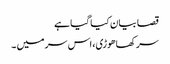
قصا بیان کیا گیا ہے
سر کھاھوڑی، اس سر میں ۔